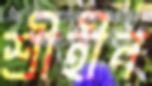
শ্রীহীন